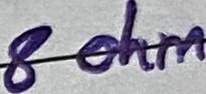
Text: 8 ohm